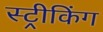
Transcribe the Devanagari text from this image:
स्ट्रीकिंग